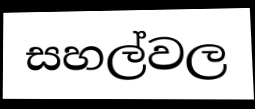
සහල්වල